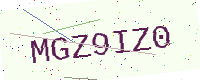
Text: MGZ9IZ0